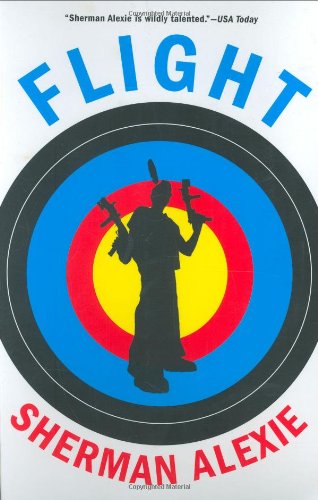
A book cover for Flight: A Novel; Sherman Alexie; Literature & Fiction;